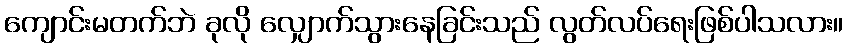
ကျောင်းမတက်ဘဲ ခုလို လျှောက်သွားနေခြင်းသည် လွတ်လပ်ရေးဖြစ်ပါသလား။